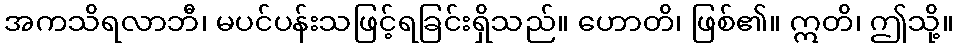
အကသိရလာဘီ၊ မပင်ပန်းသဖြင့်ရခြင်းရှိသည်။ ဟောတိ၊ ဖြစ်၏။ ဣတိ၊ ဤသို့။